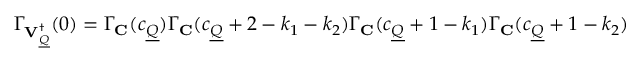
\Gamma _ { { \mathbf { V } _ { \underline { { Q } } } ^ { \dagger } } } ( 0 ) = \Gamma _ { \mathbf { C } } ( c _ { \underline { { Q } } } ) \Gamma _ { \mathbf { C } } ( c _ { \underline { { Q } } } + 2 - k _ { 1 } - k _ { 2 } ) \Gamma _ { \mathbf { C } } ( c _ { \underline { { Q } } } + 1 - k _ { 1 } ) \Gamma _ { \mathbf { C } } ( c _ { \underline { { Q } } } + 1 - k _ { 2 } )